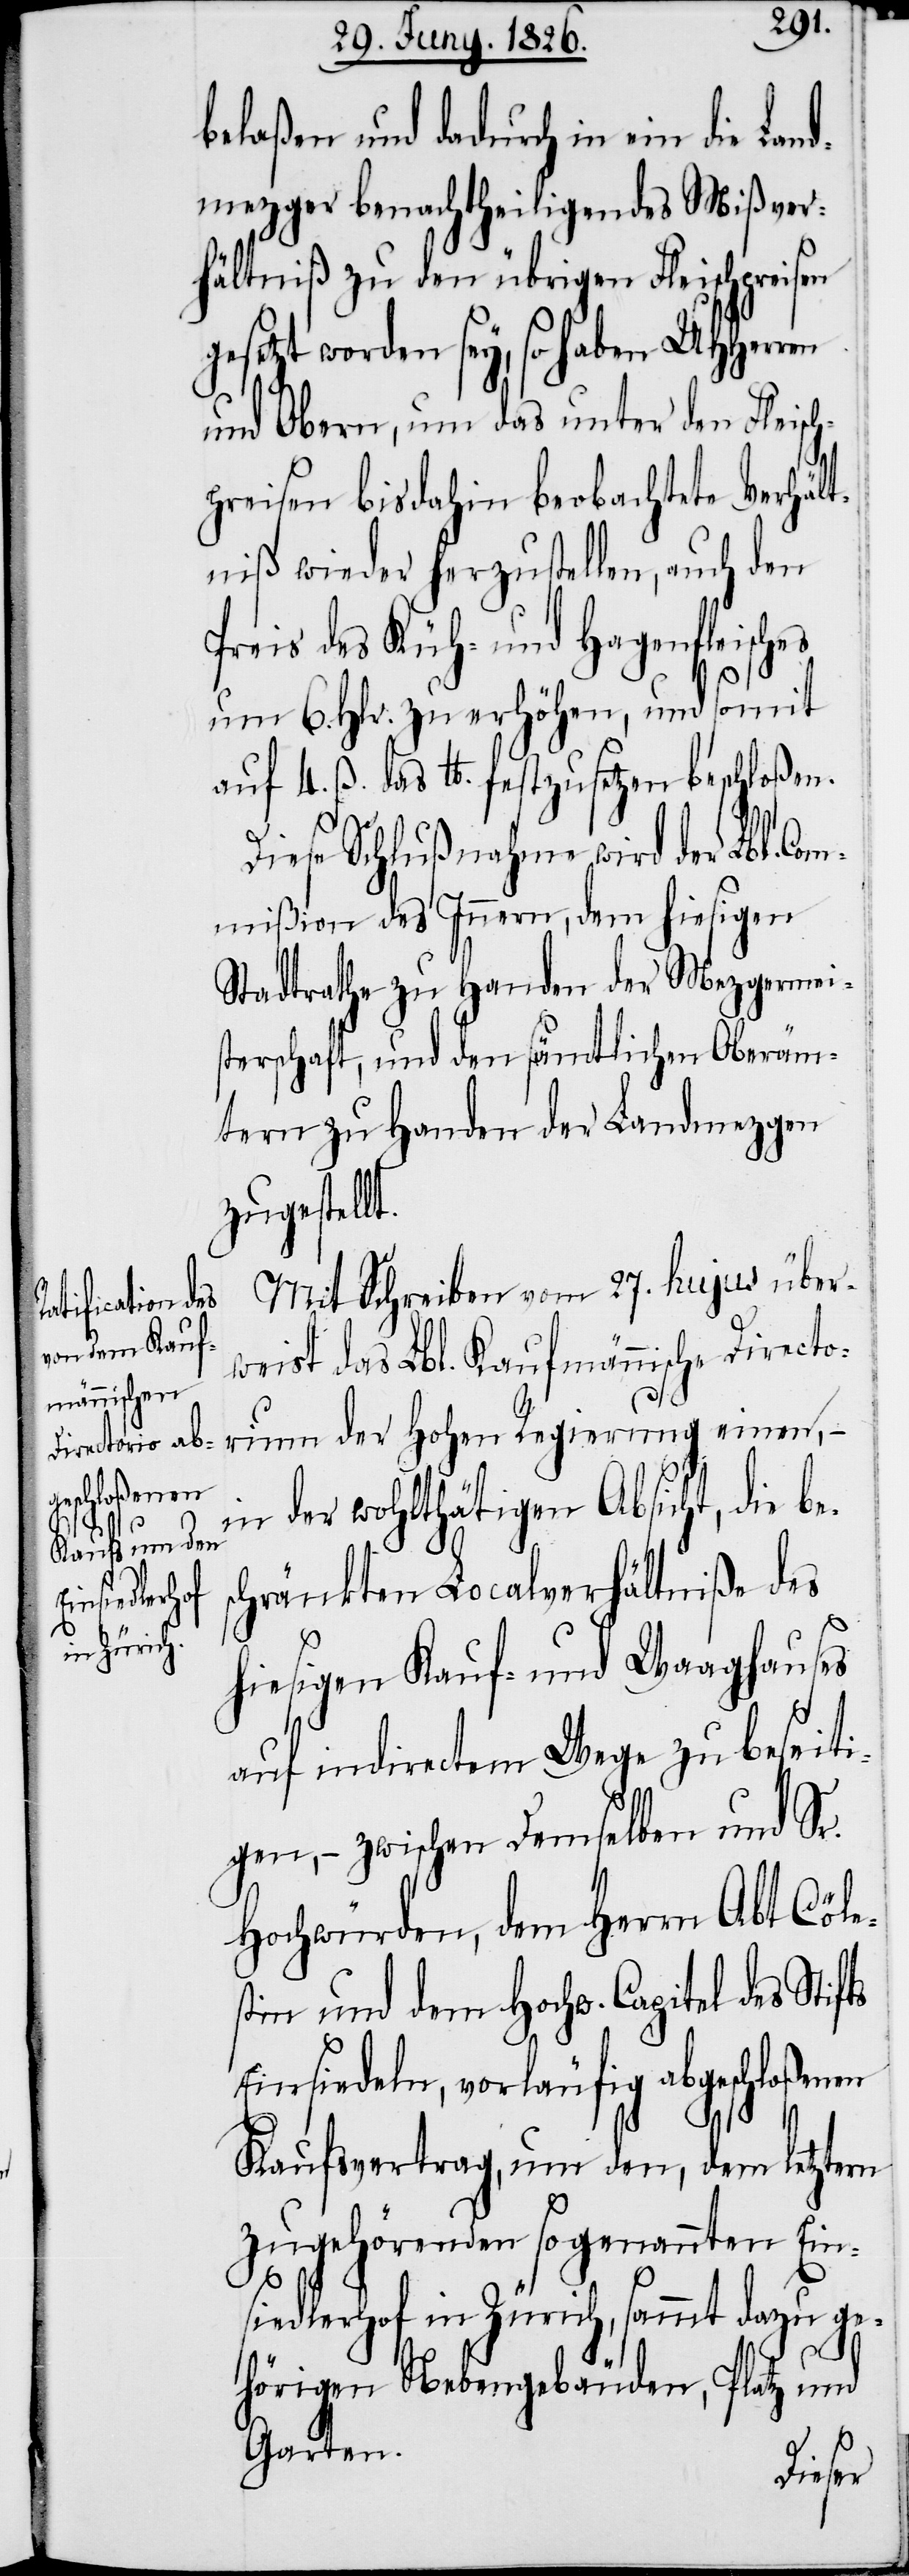
es

belaßen und dadurch in ein die Lan¬
dmezger benachtheiligendes Mißver¬
hältniß zu den übrigen Fleischpreisen
gesetzt worden sey, so haben UHHerren
und Obern, um das unter den Fleisc¬
hpreisen bis dahin beobachtete Verhält¬
niß wieder herzustellen, auch den
Preis des Küh- und Hagenfleisch¬
um 6. Hlr. zu erhöhen, und somit
auf 4. ß. das lb. festzusetzen beschloßen.
Diese Schlußnahme wird der Lbl. C¬
ommißion des Innern, dem hiesigen
Stadtrathe zu Handen der Mezgermei¬
sterschaft, und den sämtlichen Oberäm¬
tern zu Handen der Landmezgen
zugestellt.
Mit Schreiben vom 27. hujus über¬
weist das Lbl. Kaufmännische Directo¬
rium der Hohen Regierung einen, –
in der wohlthätigen Absicht, die be¬
schränkten Localverhältniße des
hiesigen Kauf- und Waaghauses
auf indirectem Wege zu beseiti¬
gen, – zwischen demselben und Sr.
Hochwürden, dem Herrn Abt Cöle¬
stin und dem Hochw. Capitel des Stifts
Einsiedeln, vorläufig abgeschloßenen
Kaufsvertrag, um den, dem letztern
zugehörenden sogenannten Eins¬
iedlerhof in Zürich, sammt dazu ge¬
hörigen Nebengebäuden, Platz und
Garten.